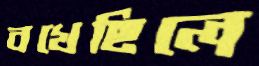
বখেছিলে